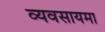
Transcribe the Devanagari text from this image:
व्यवसायमा